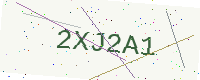
Text: 2XJ2A1